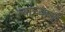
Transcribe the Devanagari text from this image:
त्‍यांच्‍याशी